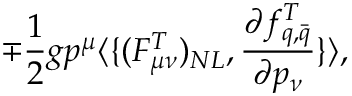
\mp \frac { 1 } { 2 } g p ^ { \mu } \langle \{ ( F _ { \mu \nu } ^ { T } ) _ { N L } , \frac { \partial f _ { q , \bar { q } } ^ { T } } { \partial p _ { \nu } } \} \rangle ,